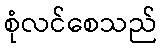
စုံလင်စေသည်